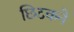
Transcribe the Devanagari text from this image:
छिटकने